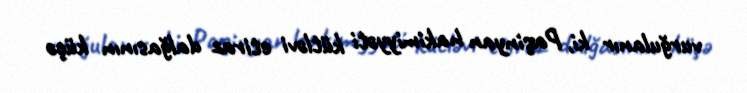
vurğulanır ki, Paşinyan hakimiyyəti kütləvi etiraz dalğasının küçə